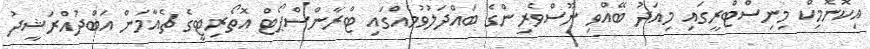
އިކޮނޮމިކް މިނިސްޓްރީގައި މިއަދު ބޭއްވި ނޫސްވެރިންގެ ބައްްދަލުވުމެއްގައި ޓްރާންސްޕޯޓް އޮތޯރިޓީގެ ޗެއާމަން އަބްދުއްރަަޝީދު